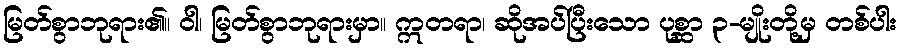
မြတ်စွာဘုရား၏။ ဝါ၊ မြတ်စွာဘုရားမှာ။ ဣတရာ၊ ဆိုအပ်ပြီးသော ပုစ္ဆာ ၃-မျိုးတို့မှ တစ်ပါး